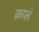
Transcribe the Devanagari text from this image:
क्राले